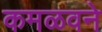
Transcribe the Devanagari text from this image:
कमळवने